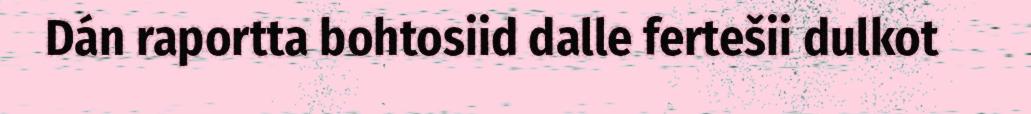
Dán raportta bohtosiid dalle fertešii dulkot